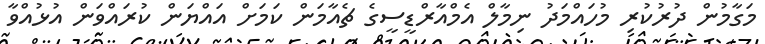
މަގާމުން ދުރުކުރި މުހައްމަދު ނިމާލް އެމްއާރްޑީސީގެ ޗެއާމަން ކަމަށް އައްޔަން ކުރައްވަން އުޅުއްވާ